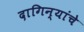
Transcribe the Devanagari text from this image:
दागिन्यांचे